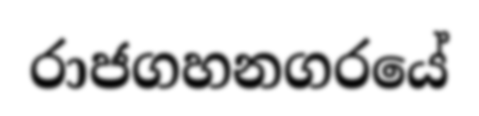
රාජගහනගරයේ